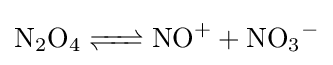
{\ce {N2O4 <=> NO+ + NO3-}}